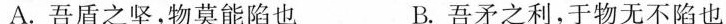
A. 吾盾之坚，物莫能陷也 B. 吾矛之利，于物无不陷也